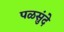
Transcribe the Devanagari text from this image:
पळसुंदे